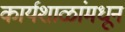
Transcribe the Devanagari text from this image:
कार्यशाळांमधून